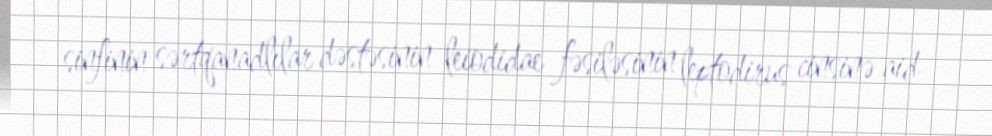
sinfinin sərtqanadlılar dəstəsinin leiodidae fəsiləsinin leptodirus cinsinə aid